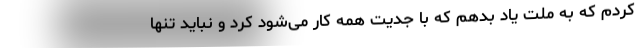
کردم که به ملت یاد بدهم که با جدیت همه کار می‌شود کرد و نباید تنها